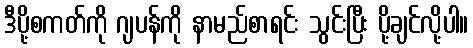
ဒီပို့စကတ်ကို ဂျပန်ကို နာမည်စာရင်း သွင်းပြီး ပို့ချင်လို့ပါ။